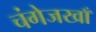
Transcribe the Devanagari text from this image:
चंगेजखाँ